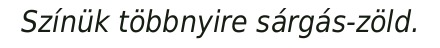
Színük többnyire sárgás-zöld.